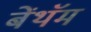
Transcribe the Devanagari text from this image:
बेंथॅम